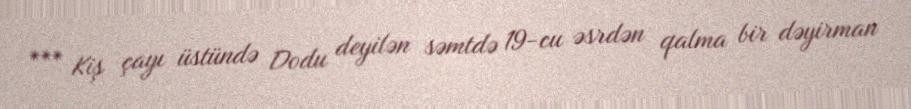
*** Kiş çayı üstündə Dodu deyilən səmtdə 19-cu əsrdən qalma bir dəyirman